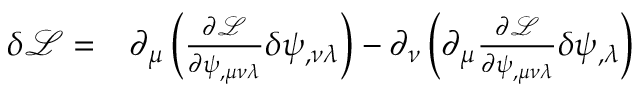
\begin{array} { r l } { \delta \mathcal L = } & { { } \partial _ { \mu } \left( \frac { \partial \mathcal L } { \partial \psi _ { , \mu \nu \lambda } } \delta \psi _ { , \nu \lambda } \right) - \partial _ { \nu } \left( \partial _ { \mu } \frac { \partial \mathcal L } { \partial \psi _ { , \mu \nu \lambda } } \delta \psi _ { , \lambda } \right) } \end{array}